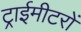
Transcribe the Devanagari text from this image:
ट्राईमीटरों